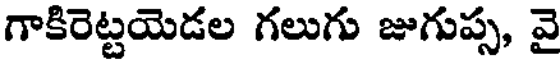
గాకిరెట్టయెడల గలుగు జుగుప్ప, వై